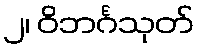
၂၊ ဝိဘင်္ဂသုတ်